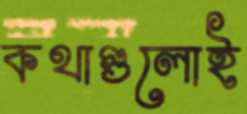
কথাগুলোই